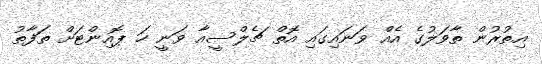
އިތުރުން ތާވަލުގެ އެއް ވަނައިގައި އޮތް ޗެލްސީއާ ވަނީ ހަ ޕޮއިންޓަށް ތަފާތު